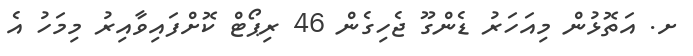
ށ. އަތޮޅުން މިއަހަރު ޑެންގޫ ޖެހިގެން 46 ރިޕޯޓް ކޮށްފައިވާއިރު މިމަހު އެ